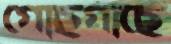
গোছগাছে